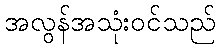
အလွန်အသုံးဝင်သည်